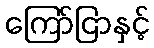
ကြော်ငြာနှင့်